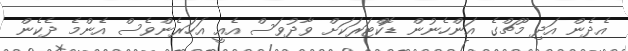
އެދެން އަދި މޫޗްގެ އަންހެނުން ޑޮކްޓަރަކަށް ވާދުވަސް އެއީ އަހަރެންވެސް އެންމެ ދެކެން